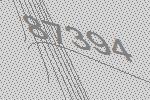
87394